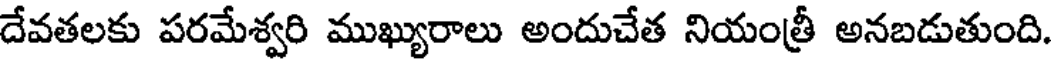
దేవతలకు పరమేశ్వరి ముఖ్యురాలు అందుచేత నియంత్రీ అనబడుతుంది.